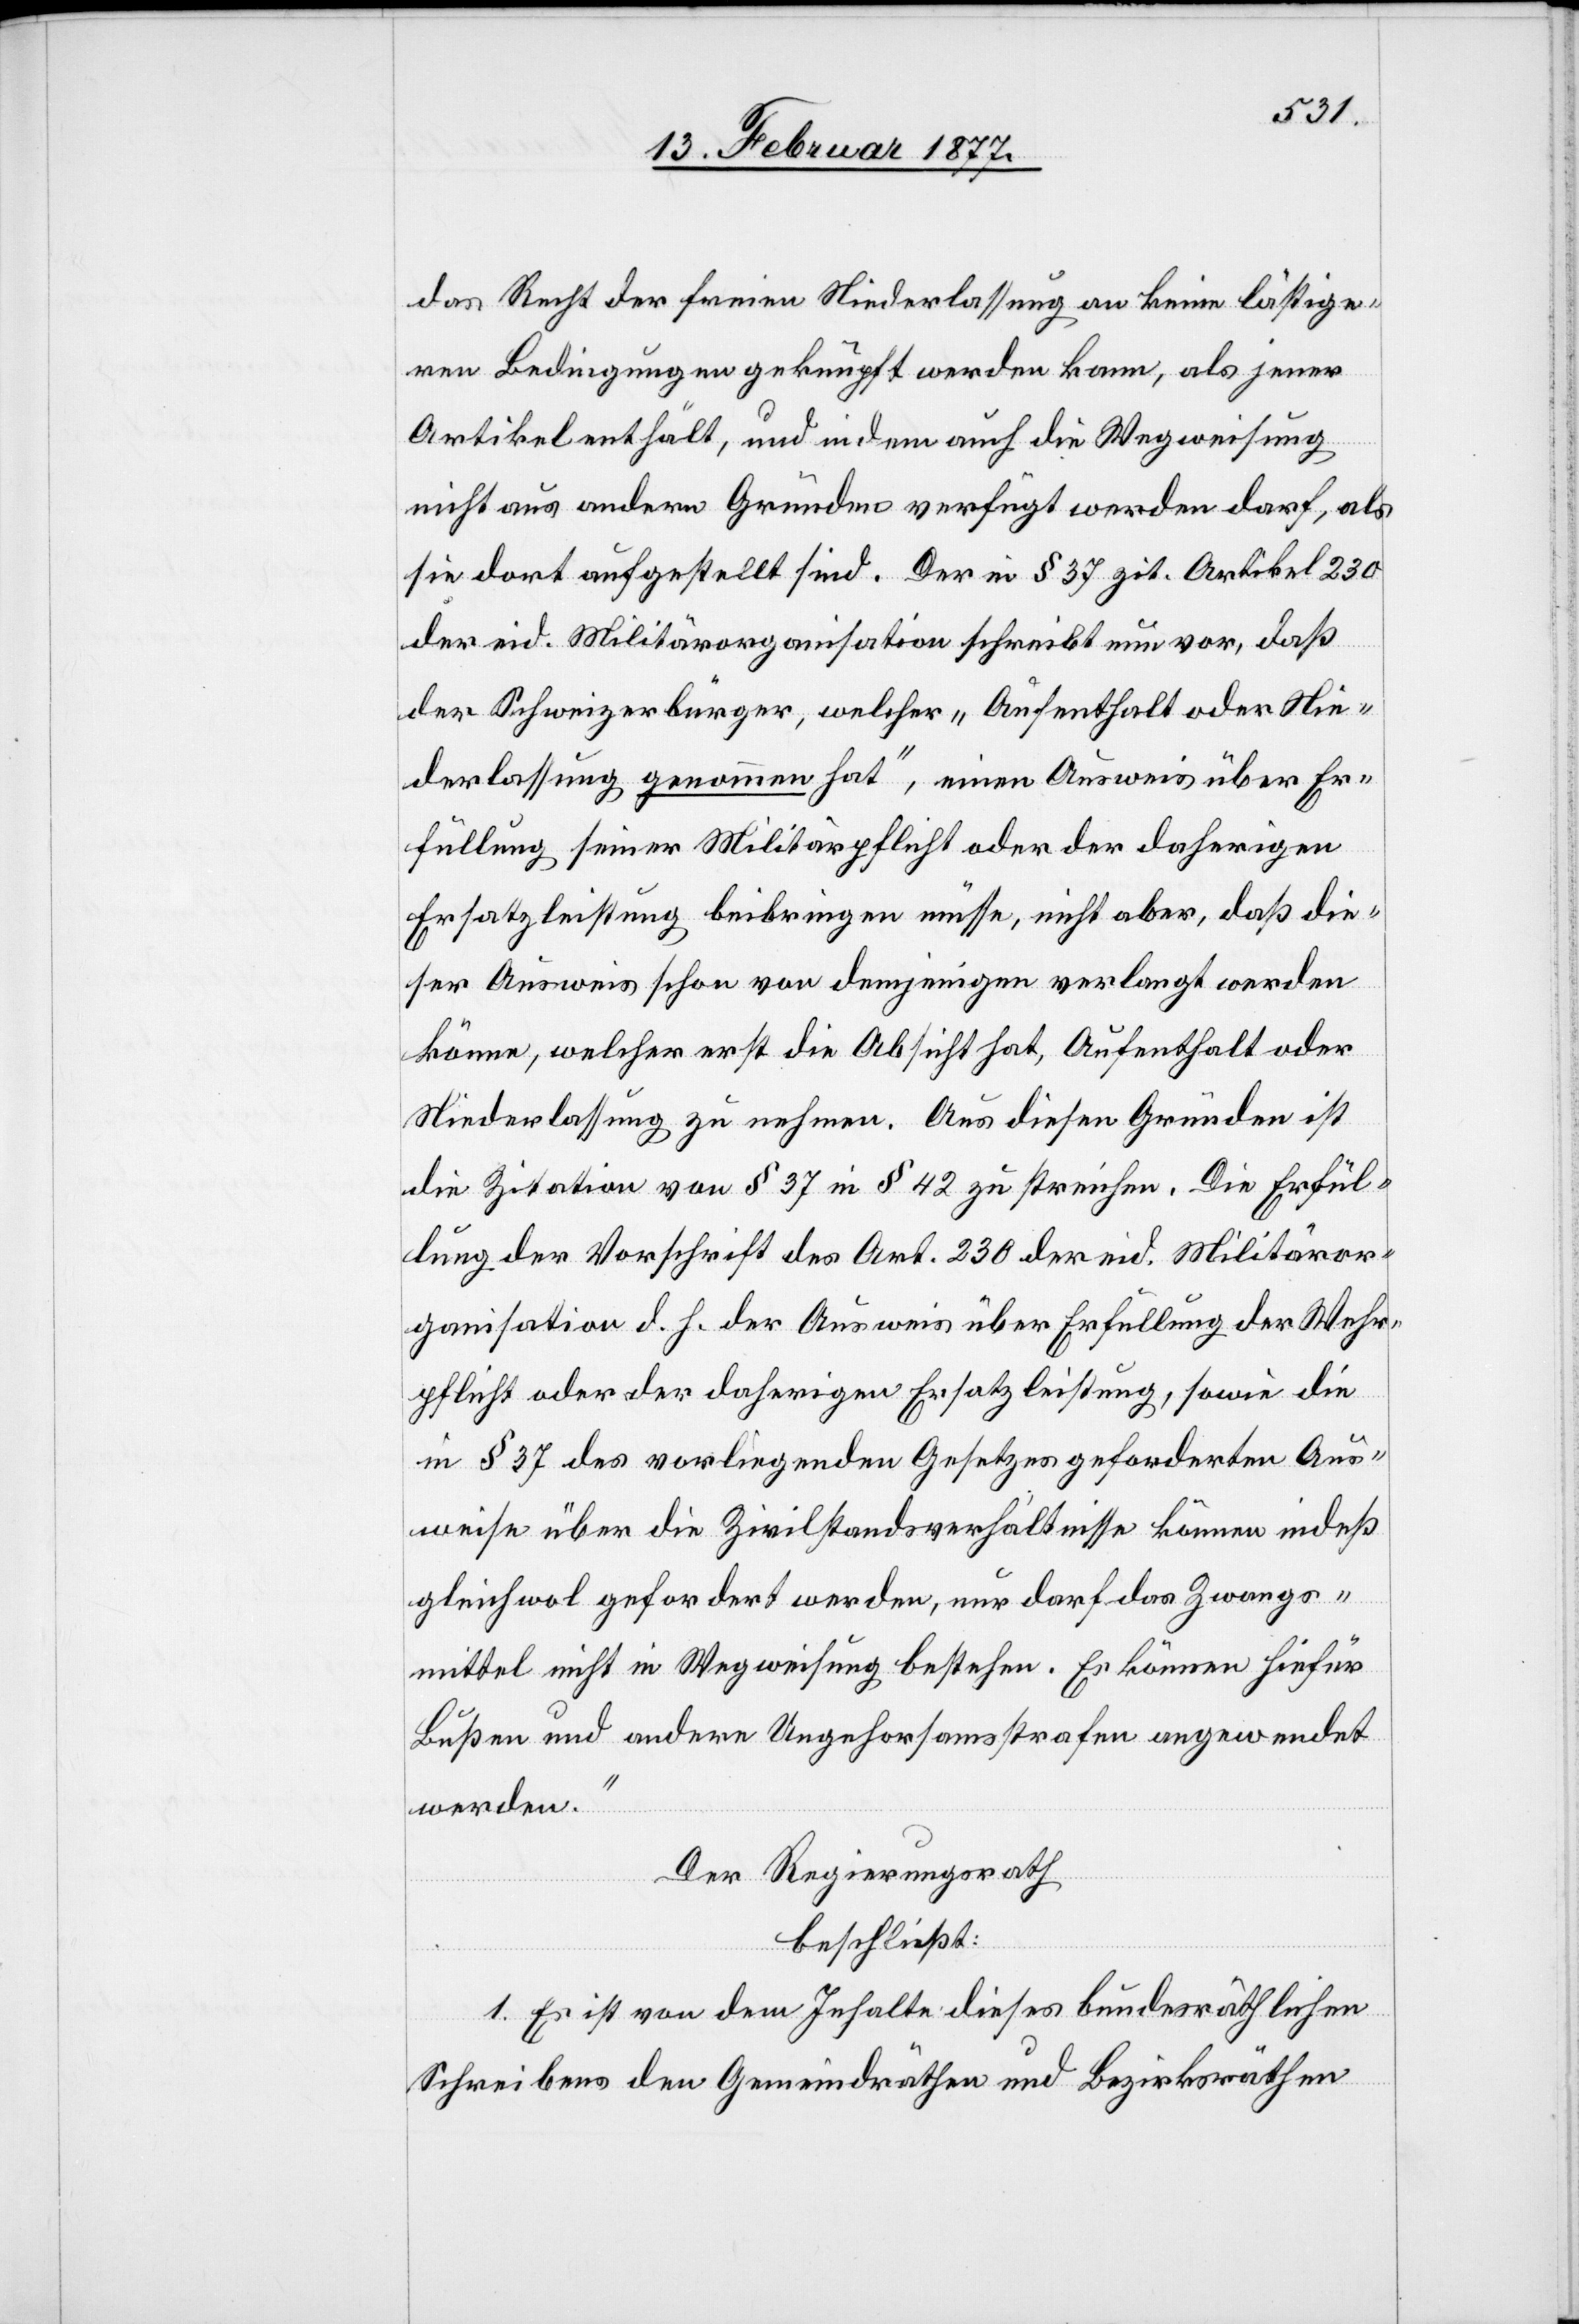
das Recht der freien Niederlassung an keine lästige¬
ren Bedingungen geknüpft werden kann, als jener
Artikel enthält, und indem auch die Wegweisung
nicht aus andern Gründen verfügt werden darf, als
sie dort aufgestellt sind. Der in § 37 zit. Artikel 230
der eid. Militärorganisation schreibt nun vor, daß
der Schweizerbürger, welcher „Aufenthalt oder Nie¬
derlassung gewonnen hat“, einen Ausweis über Er¬
füllung seiner Militärpflicht oder der daherigen
Ersatzleistung beibringen müsse, nicht aber, daß die¬
ser Ausweis schon von demjenigen verlangt werden
könne, welcher erst die Absicht hat, Aufenthalt oder
Niederlassung zu nehmen. Aus diesen Gründen ist
die Zitation von § 37 in § 42 zu streichen. Die Erfül¬
lung der Vorschrift des Art. 230 der eid. Militäror¬
ganisation d. h. der Ausweis über Erfüllung der Wehr¬
pflicht oder der daherigen Ersatzleistung, sowie die
in § 37 des vorliegenden Gesetzes geforderten Aus¬
weise über die Zivilstandsverhältnisse können indeß
gleichwol gefordert werden, nur darf das Zwangs¬
mittel nicht in Wegweisung bestehen. Es können hiefür
Bußen und andere Ungehorsamsstrafen angewendet
werden.“
Der Regierungsrath,
beschließt:
1. Es ist von dem Inhalte dieses bundesräthlichen
Schreibens den Gemeindräthen und Bezirksräthen